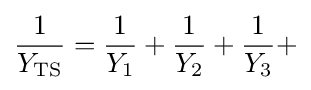
{\frac {1}{Y_{\text{TS}}}}={\frac {1}{Y_{1}}}+{\frac {1}{Y_{2}}}+{\frac {1}{Y_{3}}}+